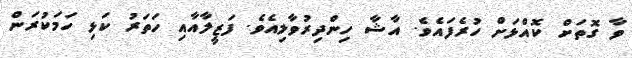
ވާ ގޮތަށް ކޮއްޅަށް ހުރެފައެވެ. އާޝާ ހިންދިރުވާލިއެވެ. ފަޒީލާއާއި ހަތަރު ކަޅި ހަމަކުރަން